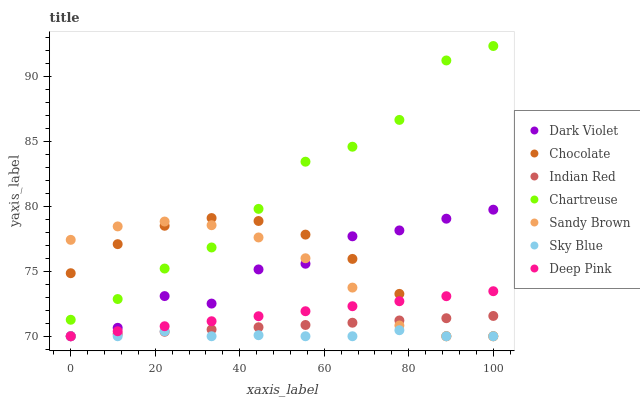
| xaxis_label | Dark Violet | Chocolate | Indian Red | Chartreuse | Sandy Brown | Sky Blue | Deep Pink |
 | --- | --- | --- | --- | --- | --- | --- | --- |
 | 0 | 70 | 74.9 | 70 | 71.3 | 77.4 | 70 | 70 |
 | 11.1 | 70.7 | 77.1 | 70.2 | 72.9 | 78.5 | 70 | 70.4 |
 | 22.2 | 73.1 | 78.5 | 70.3 | 75.2 | 78.8 | 70.4 | 70.8 |
 | 33.3 | 72.5 | 79.1 | 70.5 | 76.8 | 78.6 | 70 | 71.2 |
 | 44.4 | 75.2 | 78.9 | 70.7 | 79.8 | 77.6 | 70.1 | 71.5 |
 | 55.6 | 75.6 | 77.8 | 70.9 | 83.5 | 76 | 70 | 71.9 |
 | 66.7 | 77.7 | 76 | 71 | 84.6 | 73.8 | 70 | 72.3 |
 | 77.8 | 78.2 | 73.3 | 71.2 | 86.7 | 70.8 | 70.5 | 72.7 |
 | 88.9 | 79.1 | 70 | 71.4 | 91.3 | 70 | 70 | 73.1 |
 | 100 | 79.8 | 70 | 71.6 | 92.4 | 70 | 70 | 73.5 |